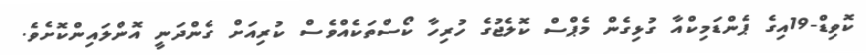
ކޮވިޑް-19އިގެ ޕެންޑަމިކްއާ ގުޅިގެން މެޕްސް ކޮލެޖުގެ ހުރިހާ ކޯސްތަކެއްވެސް ކުރިއަށް ގެންދަނީ އޮންލައިންކޮށެވެ.